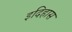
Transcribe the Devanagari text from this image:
इदिहास